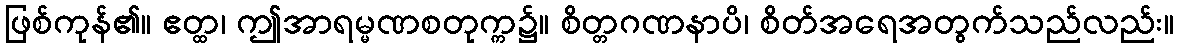
ဖြစ်ကုန်၏။ ဧတ္ထ၊ ဤအာရမ္မဏစတုက္က၌။ စိတ္တဂဏနာပိ၊ စိတ်အရေအတွက်သည်လည်း။